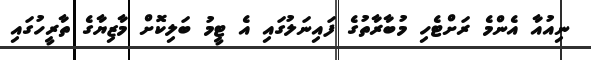
ނިއުއާ އެންމެ ރަށްޓެހި މުބާރާތުގެ ފައިނަލުގައި އެ ޓީމު ބަލިކޮށް މާޒިޔާގެ ތާރީހުގައި